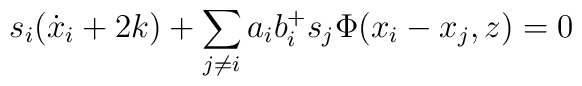
s_i(\dot{x}_i+2k)+\sum_{j\neq i}a_ib_i^+ s_j\Phi(x_i-x_j,z)=0